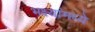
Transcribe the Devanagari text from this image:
भक्ष्यांमध्ये